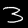
Label: 3